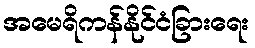
အမေရိကန်နိုင်ငံခြားရေး